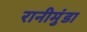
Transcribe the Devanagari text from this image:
रानीमुंडा